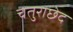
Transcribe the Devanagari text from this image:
चतुराछेद